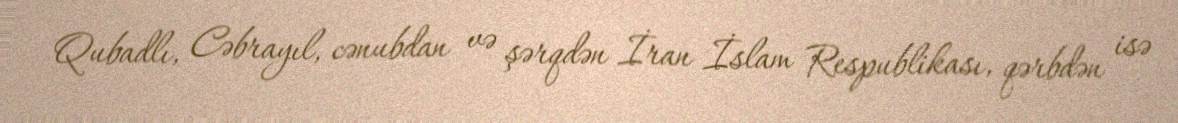
Qubadlı, Cəbrayıl, cənubdan və şərqdən İran İslam Respublikası, qərbdən isə